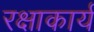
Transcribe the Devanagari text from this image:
रक्षाकार्य